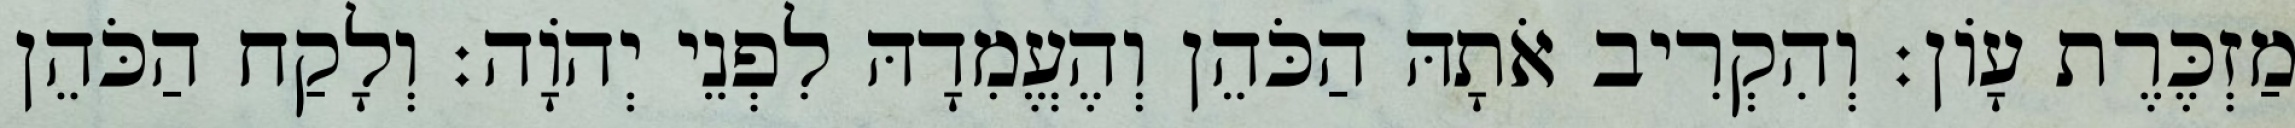
מַזְכֶּרֶת עָוֹן׃ וְהִקְרִיב אֹתָהּ הַכֹּהֵן וְהֶעֱמִדָהּ לִפְנֵי יְהוָֹה׃ וְלָקַח הַכֹּהֵן